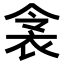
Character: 𬡌